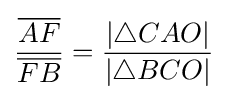
{\frac {\overline {AF}}{\overline {FB}}}={\frac {|\triangle CAO|}{|\triangle BCO|}}